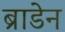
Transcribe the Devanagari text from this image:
ब्राडेन